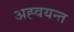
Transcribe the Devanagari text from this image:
अह्वयन्त